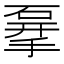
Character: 𥓨